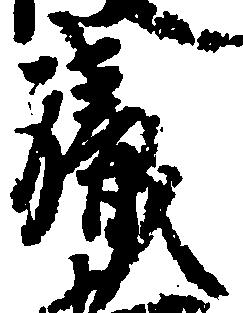
職